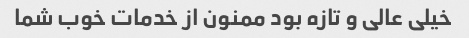
خیلی عالی و تازه بود ممنون از خدمات خوب شما